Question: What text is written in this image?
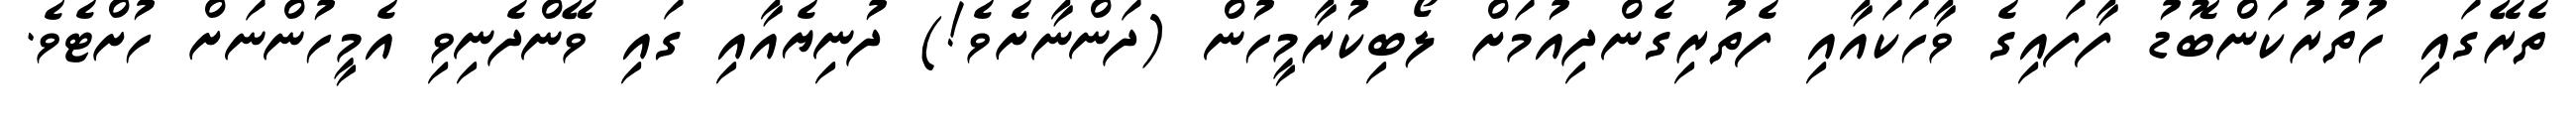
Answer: ތެރޭގައި ހުތުރުކަންބޮޑު ފާފައިގެ ވާހަކައާއި ފެތުރިގެންދިއުމަށް ލޯބިކުރާމީހުން (ދަންނާށެވެ!) ދުނިޔެއާއި ގައި ވޭންދެނިވި އެމީހުންނަށް ހުށްޓެވެ.